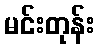
မင်းတုန်း